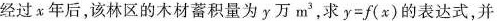
经过x年后，该林区的木材蓄积量为y万m^{3}，求$$y = f ( x )$$的表达式，并